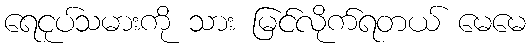
ရေငုပ်သမားကို သား မြင်လိုက်ရတယ် မေမေ